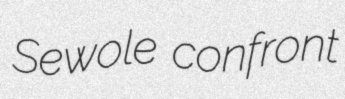
Sewole confront